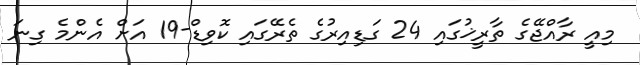
މިއީ ރާއްޖޭގެ ތާރީޚުގައި 24 ގަޑިއިރުގެ ތެރޭގައި ކޮވިޑް-19 އަށް އެންމެ ގިނަ